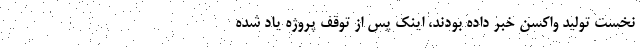
نخست تولید واکسن خبر داده بودند،‌ اینک پس از توقف پرو‌‌ژه یاد شده